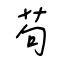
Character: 苟